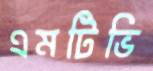
এমটিভি